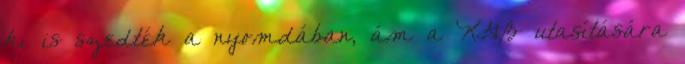
ki is szedték a nyomdában, ám a KGB utasítására